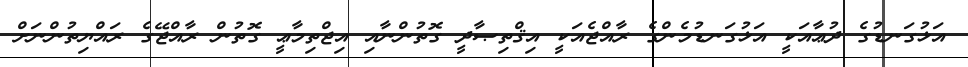
އަޅުގަނޑުގެ ދުޢާއަކީ އަޅުގަނޑުމެންގެ ރާއްޖެއަކީ އިޤްތިޞާދީ ގޮތުންނާއި އިޖްތިމާޢީ ގޮތުން ރާއްޖޭގެ ރައްޔިތުންނަށް